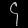
Digit: ၄